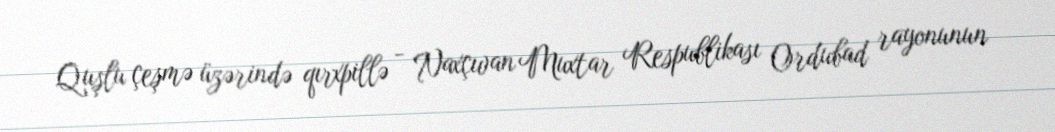
Quşlu çeşmə üzərində qırxpillə - Naxçıvan Muxtar Respublikası Ordubad rayonunun